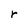
Character: r